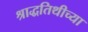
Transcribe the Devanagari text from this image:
श्राद्धतिथीच्या